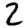
Digit: 2